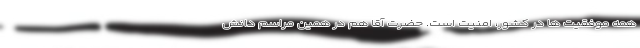
همه موفقیت ها در کشور، امنیت است. حضرت آقا هم در همین مراسم دانش‌